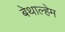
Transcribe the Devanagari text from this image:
बेथाल्हेम